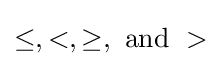
\leq ,<,\geq ,{\text{ and }}>